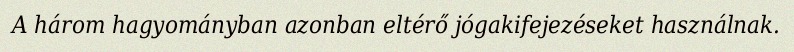
A három hagyományban azonban eltérő jógakifejezéseket használnak.